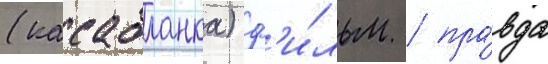
(касабланка) ф'и́льм / пра́вда